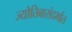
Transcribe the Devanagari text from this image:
ज्योतिबासंदर्भात